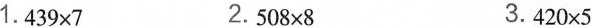
1.$$4 3 9 \times 7$$ 2.$$5 0 8 \times 8$$ 3.$$4 2 0 \times 5$$